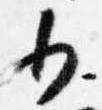
少